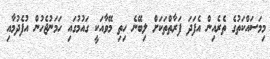
މިމަސައްކަތުގެ ތެރެއިން އެފަދަ ފަރާތްތަކަށް ލިބޭނެ ހިތި މޭވާއަކީ ގައުމުގައި ހަމަނުޖެހުން އުފެދުމާއި